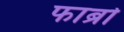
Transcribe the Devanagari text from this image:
फाब्रो